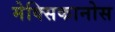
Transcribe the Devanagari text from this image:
मेक्सिकानोस